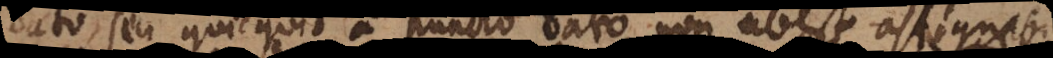
ato, seu quicquid a puncto dato non abest assignabi